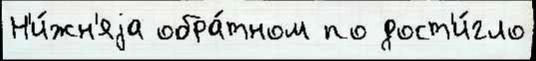
Н'и́жн'яjа обра́тном по дост'и́гло